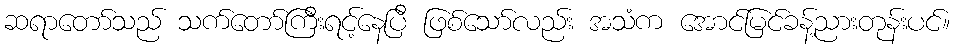
ဆရာတော်သည် သက်တော်ကြီးရင့်နေပြီ ဖြစ်သော်လည်း အသံက အောင်မြင်ခန့်ညားတုန်းပင်။